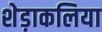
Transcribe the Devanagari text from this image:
शेड़ाकलिया